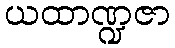
ယထာဏ္ဍဇာ